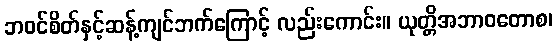
ဘဝင်စိတ်နှင့်ဆန့်ကျင်ဘက်ကြောင့် လည်းကောင်း။ ယုတ္တိအဘာဝတောစ၊